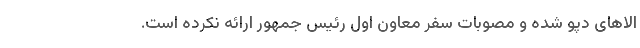
الاهای دپو شده و مصوبات سفر معاون اول رئیس جمهور ارائه نکرده است.